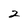
Character: 2